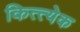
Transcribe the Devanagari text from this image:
कित्त्येक